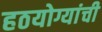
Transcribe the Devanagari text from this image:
हठयोग्यांची